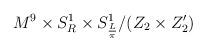
LaTeX: \begin{align*}M^{9}\times S^{1}_{R}\times S^{1}_{\frac{L}{\pi }}/(Z_{2}\times Z_{2}')\end{align*}